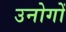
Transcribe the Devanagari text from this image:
उनोगों